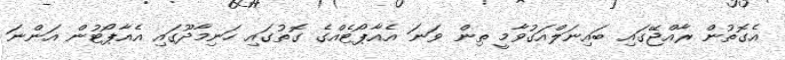
އެގޮތުން ރާއްޖޭގައި ބައިނަލްއަގުވާމީ ތިން ވަނަ އެއާޕޯޓެއްގެ ގޮތުގައި ހަނިމާދޫގައި އެއާޕޯޓުން އަންނަ